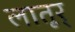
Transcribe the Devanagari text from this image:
लातूर्